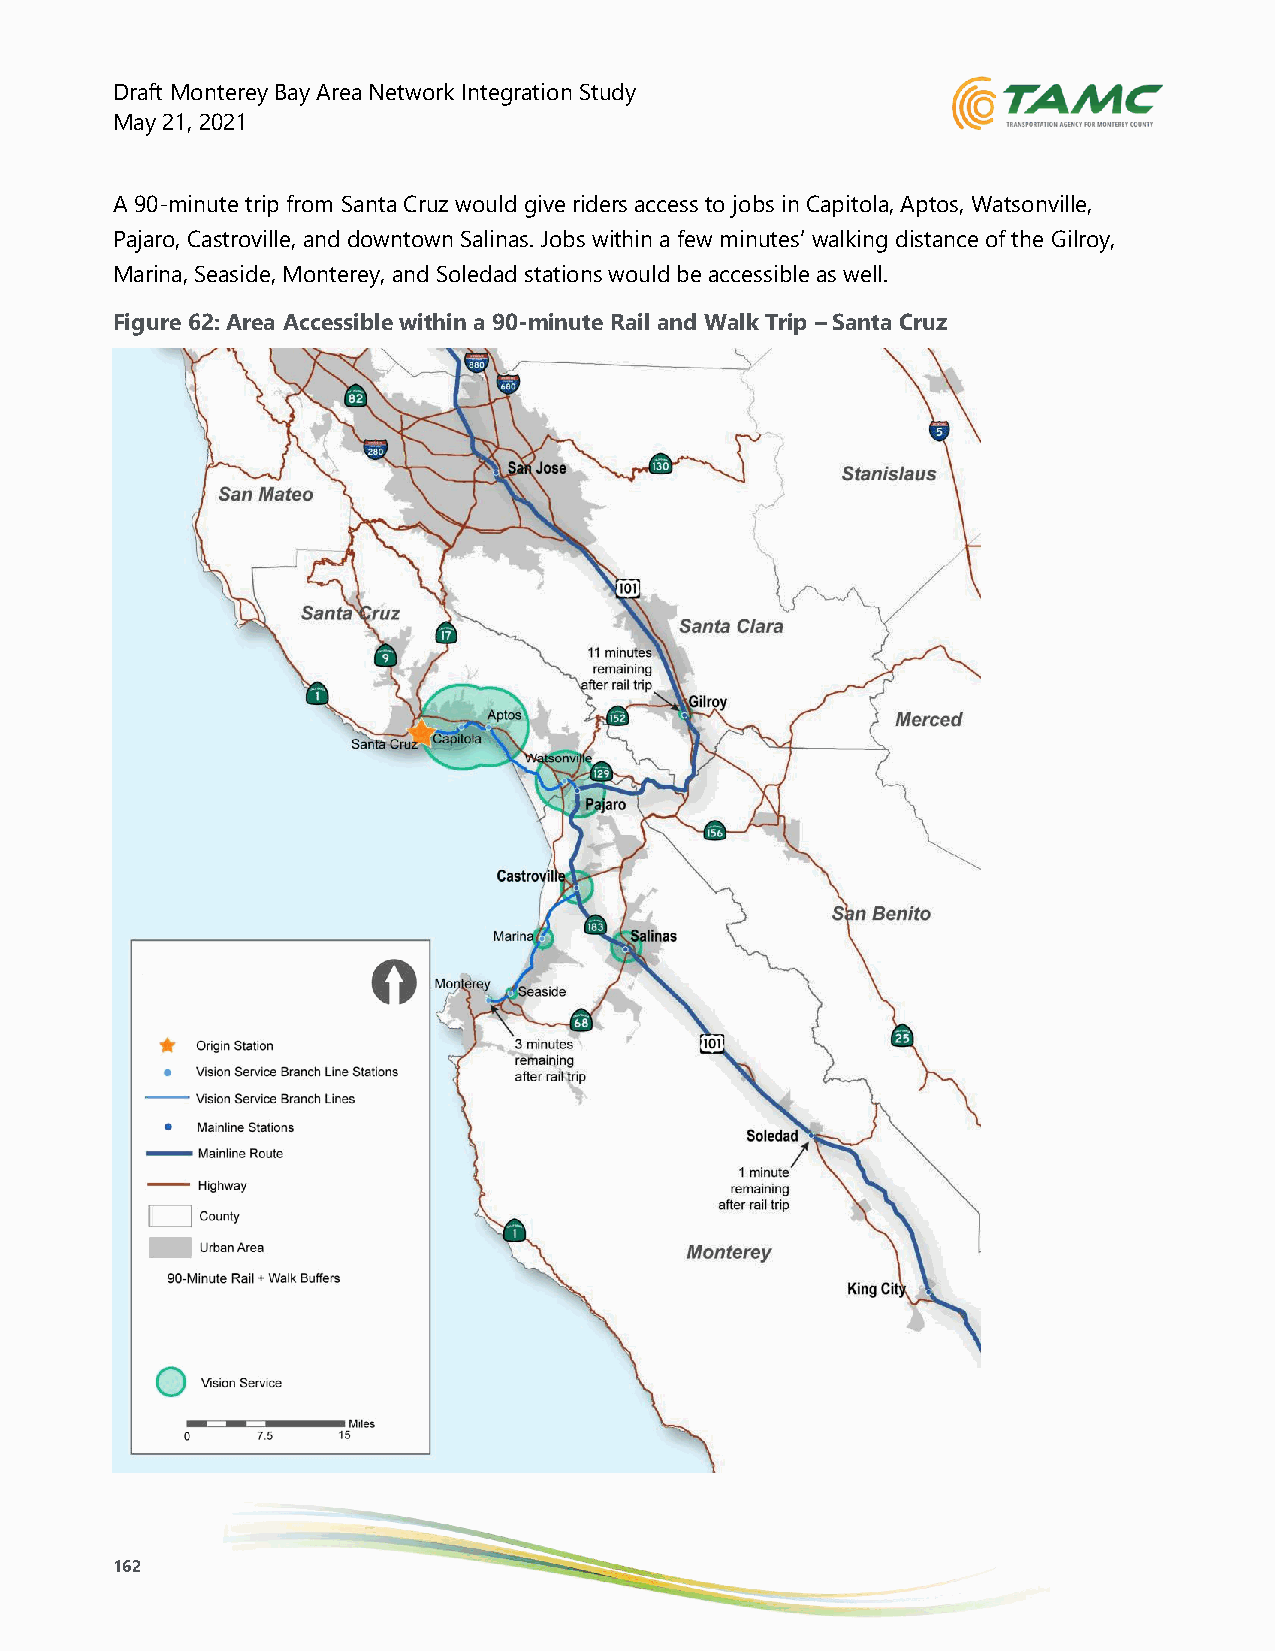
Draft Monterey Bay Area Network Integration Study
 May 21, 2021
 A 90-minute trip from Santa Cruz would give riders access to jobs in Capitola, Aptos, Watsonville,
 Pajaro, Castroville, and downtown Salinas. Jobs within a few minutes’ walking distance of the Gilroy,
 Marina, Seaside, Monterey, and Soledad stations would be accessible as well.
 Figure 62: Area Accessible within a 90-minute Rail and Walk Trip – Santa Cruz
 162